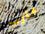
عازب